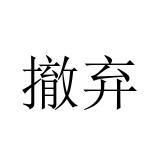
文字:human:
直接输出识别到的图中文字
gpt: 撤弃